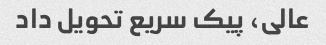
عالی، پیک سریع تحویل داد